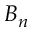
B _ { n }